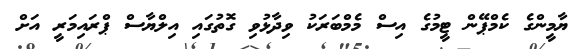
ޔާމީންގެ ކެމްޕޭން ޓީމުގެ އިސް މެމްބަރަކު ވިދާޅުވި ގޮތުގައި އިލްޔާސް ޕްރައިމަރީ އަށް